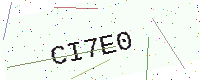
Text: CI7E0